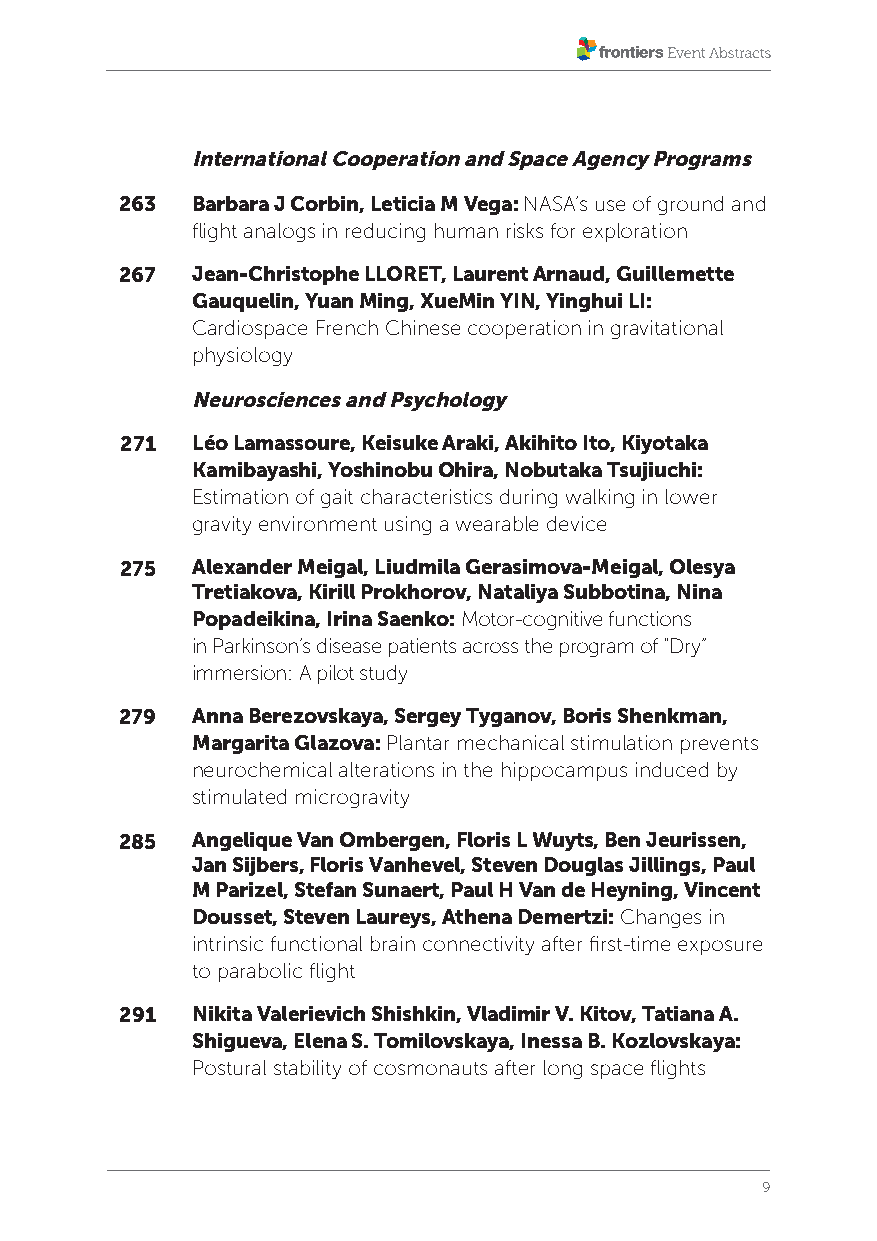
International Cooperation and Space Agency Programs
 263  Barbara J Corbin, Leticia M Vega: NASA’s use of ground and
 flight analogs in reducing human risks for exploration
 267  Jean-Christophe LLORET, Laurent Arnaud, Guillemette
 Gauquelin, Yuan Ming, XueMin YIN, Yinghui LI:
 Cardiospace French Chinese cooperation in gravitational
 physiology
 Neurosciences and Psychology
 271  Léo Lamassoure, Keisuke Araki, Akihito Ito, Kiyotaka
 Kamibayashi, Yoshinobu Ohira, Nobutaka Tsujiuchi:
 Estimation of gait characteristics during walking in lower
 gravity environment using a wearable device
 275  Alexander Meigal, Liudmila Gerasimova-Meigal, Olesya
 Tretiakova, Kirill Prokhorov, Nataliya Subbotina, Nina
 Popadeikina, Irina Saenko: Motor-cognitive functions
 in Parkinson’s disease patients across the program of “Dry”
 immersion: A pilot study
 279  Anna Berezovskaya, Sergey Tyganov, Boris Shenkman,
 Margarita Glazova: Plantar mechanical stimulation prevents
 neurochemical alterations in the hippocampus induced by
 stimulated microgravity
 285  Angelique Van Ombergen, Floris L Wuyts, Ben Jeurissen,
 Jan Sijbers, Floris Vanhevel, Steven Douglas Jillings, Paul
 M Parizel, Stefan Sunaert, Paul H Van de Heyning, Vincent
 Dousset, Steven Laureys, Athena Demertzi: Changes in
 intrinsic functional brain connectivity after first-time exposure
 to parabolic flight
 291  Nikita Valerievich Shishkin, Vladimir V. Kitov, Tatiana A.
 Shigueva, Elena S. Tomilovskaya, Inessa B. Kozlovskaya:
 Postural stability of cosmonauts after long space flights
 9